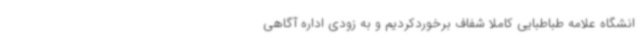
انشگاه علامه طباطبایی کاملا شفاف برخوردکردیم و به زودی اداره آگاهی